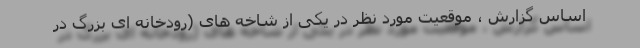
اساس گزارش ، موقعیت مورد نظر در یکی از شاخه های (رودخانه ای بزرگ در